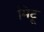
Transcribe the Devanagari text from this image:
मिटू